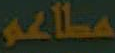
مطاعم